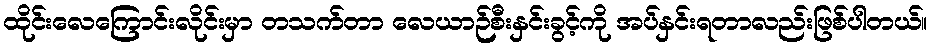
ထိုင်းလေကြောင်းလိုင်းမှာ တသက်တာ လေယာဉ်စီးနှင်းခွင့်ကို အပ်နှင်းရတာလည်းဖြစ်ပါတယ်။